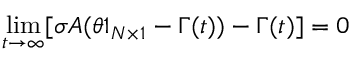
\operatorname* { l i m } _ { t \to \infty } [ \sigma A ( \theta \boldsymbol { 1 } _ { N \times 1 } - \boldsymbol { \Gamma } ( t ) ) - \boldsymbol { \Gamma } ( t ) ] = 0